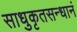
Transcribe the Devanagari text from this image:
साधुकृतसन्धानं